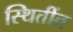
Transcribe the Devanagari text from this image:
स्थितींत